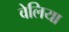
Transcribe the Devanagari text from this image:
वेलिया